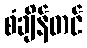
စံချိန်တင်